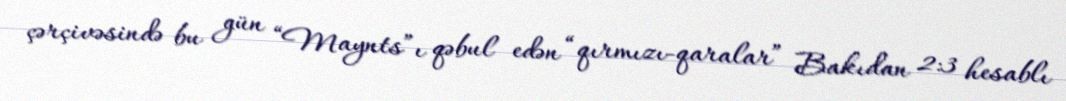
çərçivəsində bu gün “Maynts”ı qəbul edən “qırmızı-qaralar” Bakıdan 2:3 hesablı